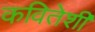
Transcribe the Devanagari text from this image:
कवितेशी